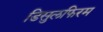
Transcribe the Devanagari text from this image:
डिसुलफिरम